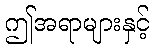
ဤအရာများနှင့်